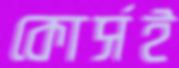
কোর্সই